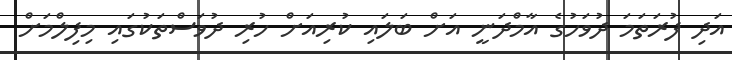
އަދި ފުރަތަމަ ދުވަހުގެ އާމްދަނީ އަށް ބަލައި ކުރިއަށް ހުރި ދުވަސްތަކުގައި މިފިލްމަށް